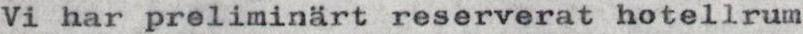
Vi har preliminärt reserverat hotellrum